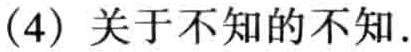
(4) 关于不知的不知.